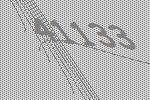
41133